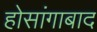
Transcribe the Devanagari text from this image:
होसांगाबाद